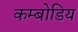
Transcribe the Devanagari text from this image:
कम्बोडिय